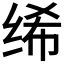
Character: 𫄨